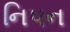
નિપન